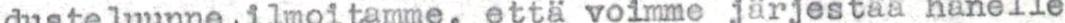
dusteluunne ilmoitamme, että voimme järjestää hänelle